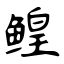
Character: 鳇